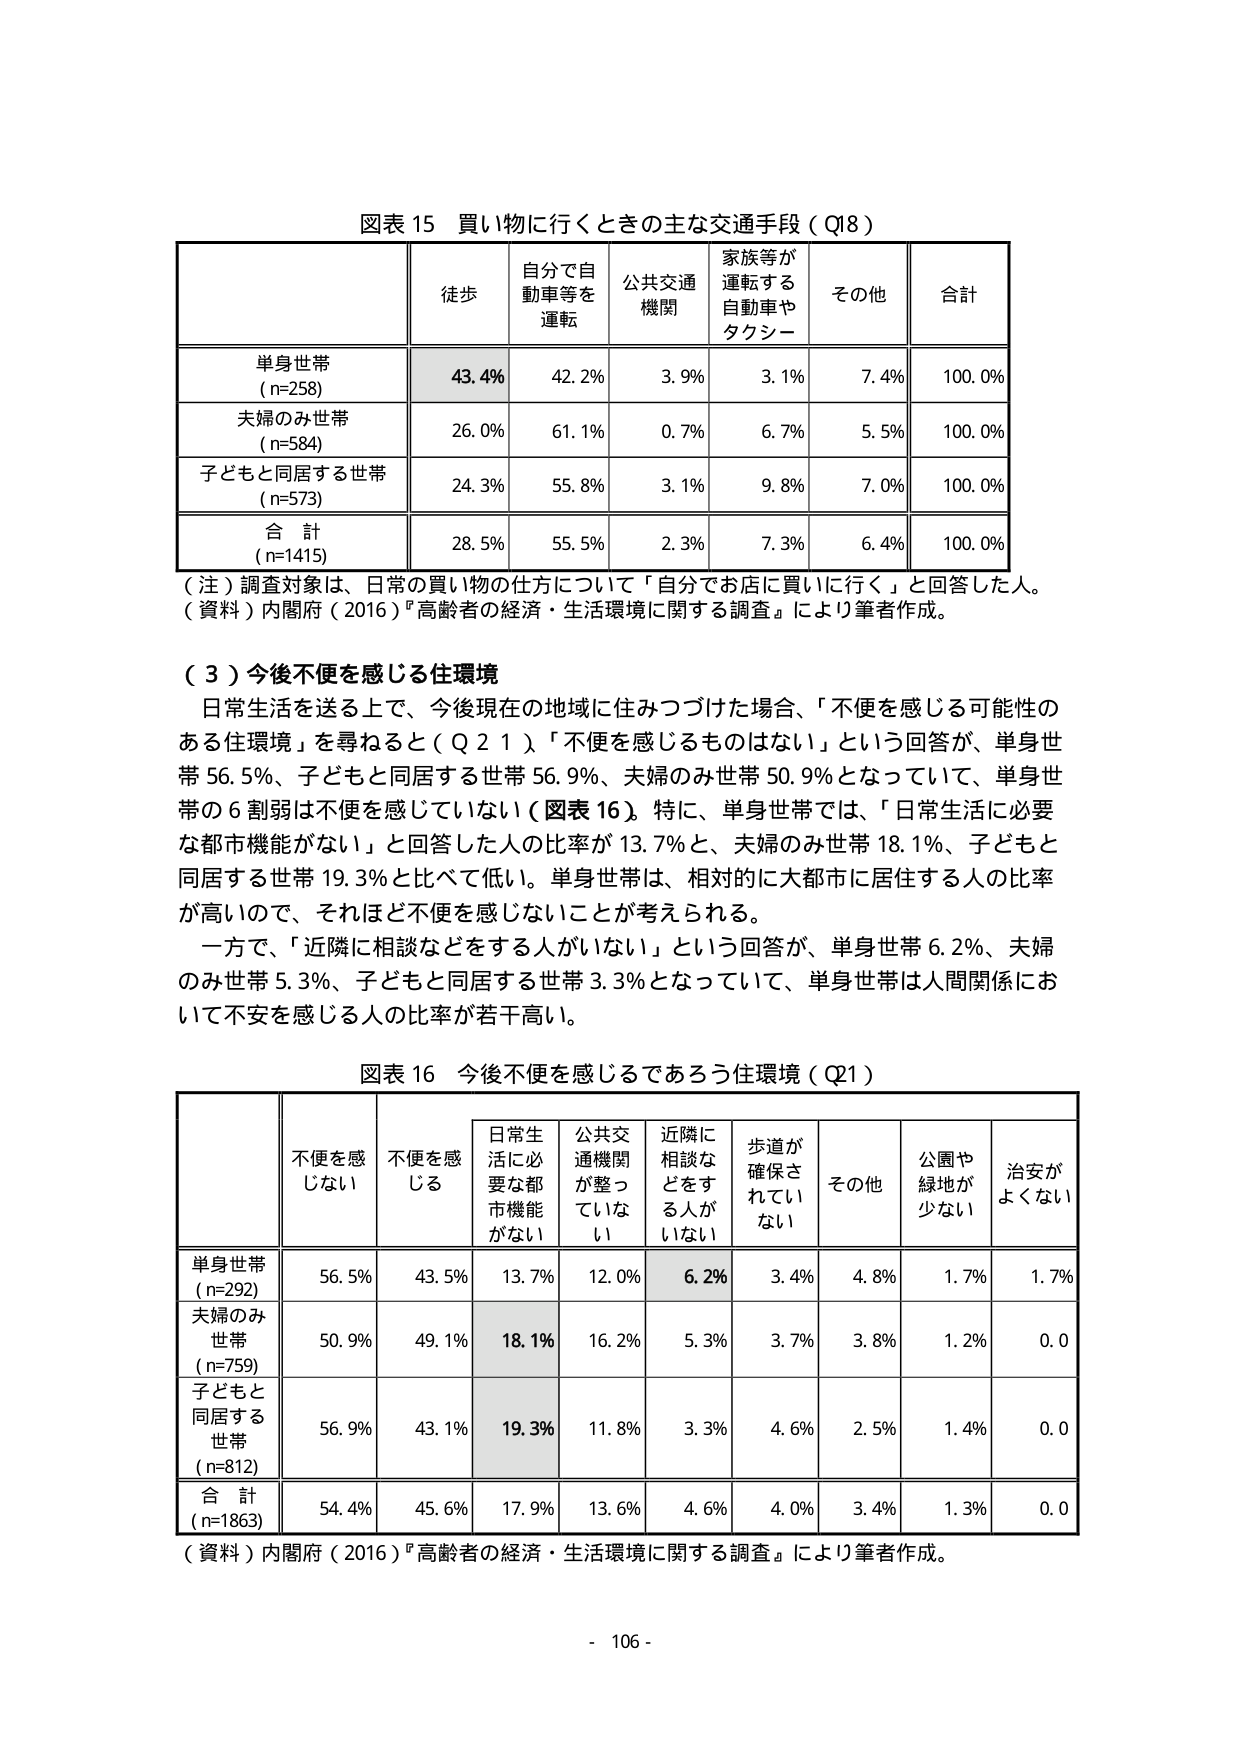
図表 15 買い物に行くときの主な交通手段（Q18）

| | 徒歩 | 自分で自動車等を運転 | 公共交通機関 | 家族等が運転する自動車やタクシー | その他 | 合計 |
|---|---|---|---|---|---|---|
| 単身世帯 (n=258) | 43.4% | 42.2% | 3.9% | 3.1% | 7.4% | 100.0% |
| 夫婦のみ世帯 (n=584) | 26.0% | 61.1% | 0.7% | 6.7% | 5.5% | 100.0% |
| 子どもと同居する世帯 (n=573) | 24.3% | 55.8% | 3.1% | 9.8% | 7.0% | 100.0% |
| 合計 (n=1415) | 28.5% | 55.5% | 2.3% | 7.3% | 6.4% | 100.0% |

（注）調査対象は、日常の買い物の仕方について「自分でお店に買いに行く」と回答した人。
（資料）内閣府（2016）『高齢者の経済・生活環境に関する調査』により筆者作成。

（３）今後不便を感じる住環境
日常生活を送る上で、今後現在の地域に住みつづけた場合、「不便を感じる可能性のある住環境」を尋ねると（Q21）、「不便を感じるものはない」という回答が、単身世帯56.5%、子どもと同居する世帯56.9%、夫婦のみ世帯50.9%となっていて、単身世帯の6割弱は不便を感じていない（図表16）。特に、単身世帯では、「日常生活に必要な都市機能がない」と回答した人の比率が13.7%と、夫婦のみ世帯18.1%、子どもと同居する世帯19.3%と比べて低い。単身世帯は、相対的に大都市に居住する人の比率が高いので、それほど不便を感じないことが考えられる。
一方で、「近隣に相談などををする人がいない」という回答が、単身世帯6.2%、夫婦のみ世帯5.3%、子どもと同居する世帯3.3%となっていて、単身世帯は人間関係において不安を感じる人の比率が若干高い。

図表 16 今後不便を感じるであろう住環境（Q21）

| | 不便を感じない | 不便を感じる | 日常生活に必要な都市機能がない | 公共交通機関が整っていない | 近隣に相談などををする人がいない | 歩道が確保されていない | その他 | 公園や緑地が少ない | 治安がよくない |
|---|---|---|---|---|---|---|---|---|---|
| 単身世帯 (n=292) | 56.5% | 43.5% | 13.7% | 12.0% | 6.2% | 3.4% | 4.8% | 1.7% | 1.7% |
| 夫婦のみ世帯 (n=759) | 50.9% | 49.1% | 18.1% | 16.2% | 5.3% | 3.7% | 3.8% | 1.2% | 0.0 |
| 子どもと同居する世帯 (n=812) | 56.9% | 43.1% | 19.3% | 11.8% | 3.3% | 4.6% | 2.5% | 1.4% | 0.0 |
| 合計 (n=1863) | 54.4% | 45.6% | 17.9% | 13.6% | 4.6% | 4.0% | 3.4% | 1.3% | 0.0 |

（資料）内閣府（2016）『高齢者の経済・生活環境に関する調査』により筆者作成。

- 106 -